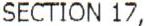
SECTION 17,